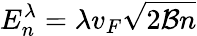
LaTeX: E_{n}^{\lambda}=\lambda v_{F}\sqrt{2\mathcal{B}n}